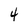
Character: 4